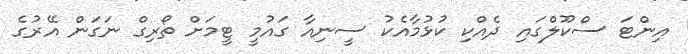
އިންޓަ ސްކޫލްގައި ދެއްކި ކުޅުމާއެކު ސީނިއާ ގައުމީ ޓީމަށް ތޯރިގް ނަގަން އޭރުގެ